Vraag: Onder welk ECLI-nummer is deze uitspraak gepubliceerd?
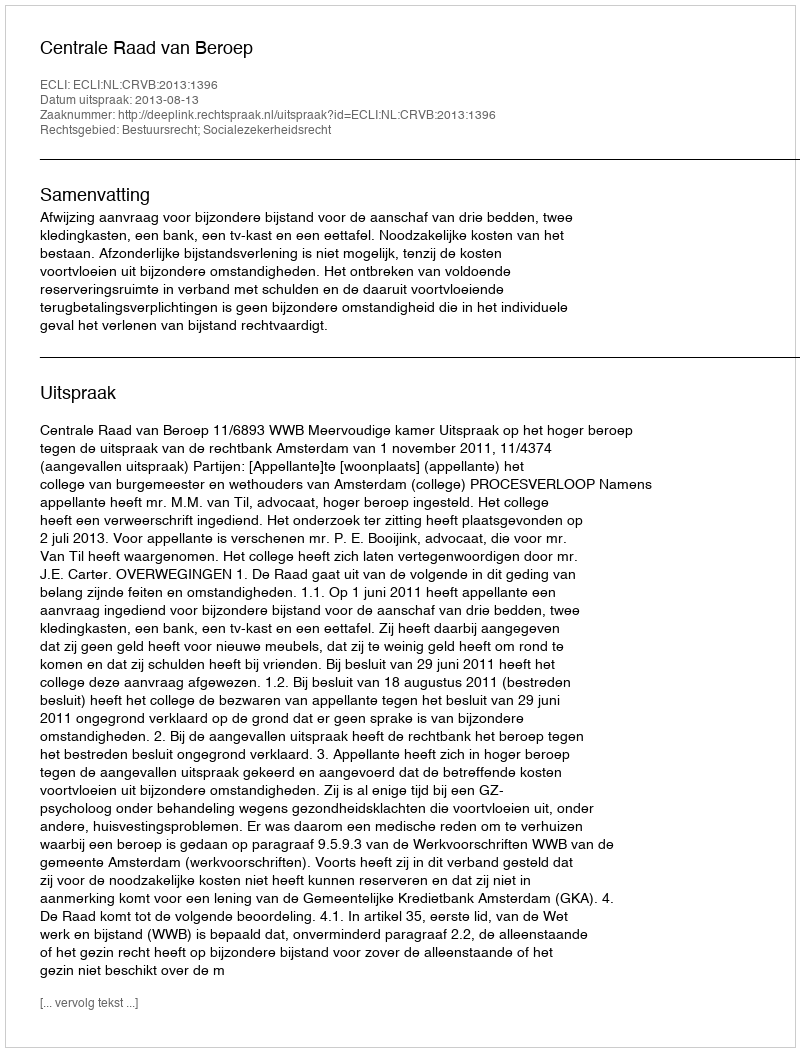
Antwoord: ECLI:NL:CRVB:2013:1396